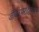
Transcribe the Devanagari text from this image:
जीवनभरादरम्यान